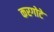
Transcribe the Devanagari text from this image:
करगोटे